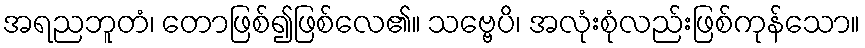
အရညဘူတံ၊ တောဖြစ်၍ဖြစ်လေ၏။ သဗ္ဗေပိ၊ အလုံးစုံလည်းဖြစ်ကုန်သော။